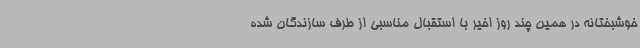
خوشبختانه در همین چند روز اخیر با استقبال مناسبی از طرف سازندگان شده